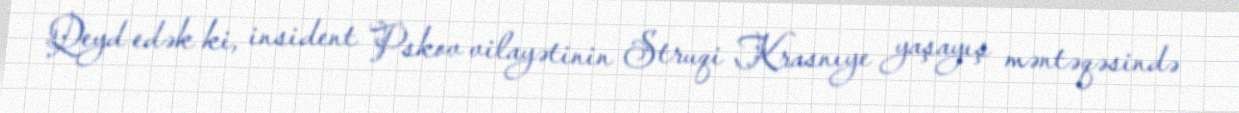
Qeyd edək ki, insident Pskov vilayətinin Struqi Krasnıye yaşayış məntəqəsində